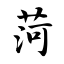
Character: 菏